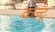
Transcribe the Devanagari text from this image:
कल्टू